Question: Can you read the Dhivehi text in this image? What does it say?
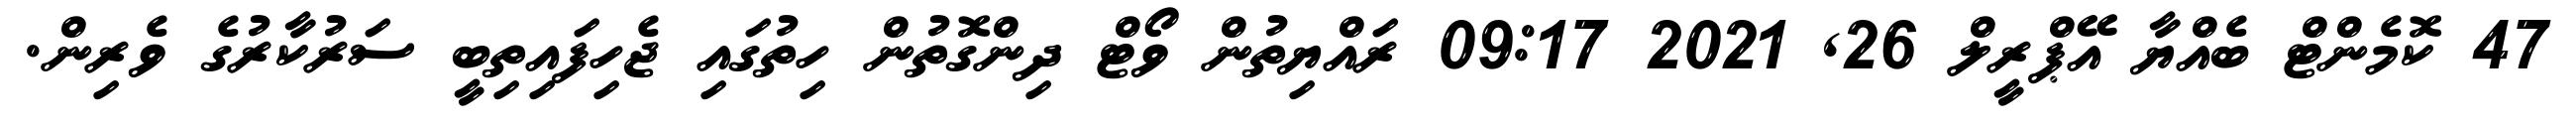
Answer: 47 ކޮމެންޓް ބެއްޔާ އޭޕްރީލް 26, 2021 09:17 ރައްޔިތުން ވޯޓް ދިންގޮތުން ހިތުގައި ޖެހިފައިތިބީ ސަރުކާރުގެ ވެރިން.